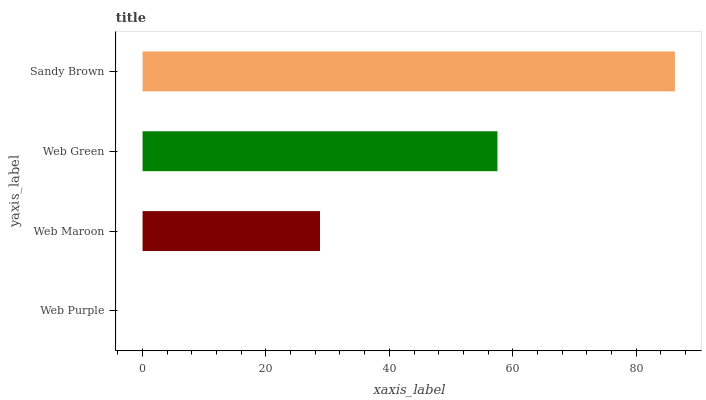
| yaxis_label | bars |
 | --- | --- |
 | Web Purple | 0 |
 | Web Maroon | 28.8 |
 | Web Green | 57.5 |
 | Sandy Brown | 86.3 |